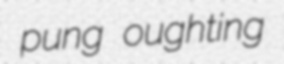
pung oughting